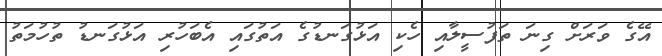
އޭގެ ވަރަށް ގިނަ ތަފުސީލާއި ހެކި އަޅުގަނޑުގެ އަތުގައި އެބަހުރި އަޅުގަނޑު ތުހުމަތު